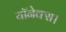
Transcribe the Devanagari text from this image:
यॉनेक्स।